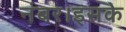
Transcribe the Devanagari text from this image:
नंबर।इसके